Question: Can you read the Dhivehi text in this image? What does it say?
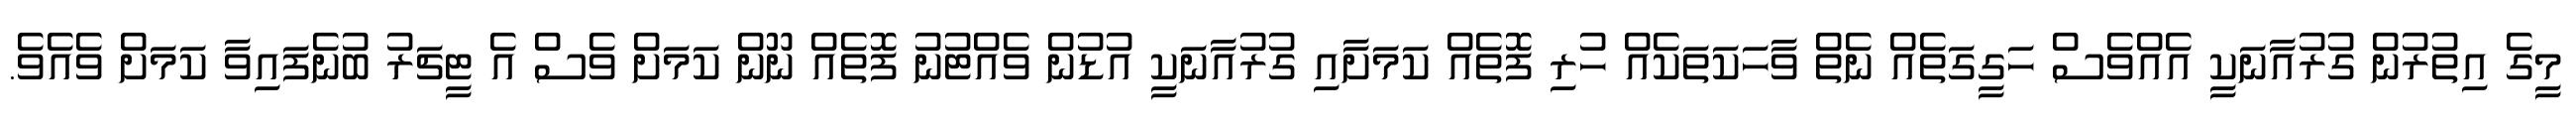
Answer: މީގެ އިތުރުން ގުރުއާނަކީ އެއްވެސް ހަގީގަތެއް ނެތް ވާހަކަތަކެއް ހުރި ފޮތެއް ކަމަށާއި ގުރުއާނަކީ އުޑުން ވެއްޓުނު ފޮތެއް ނޫން ކަމަށް ވެސް އެ ޓީޗަރު ބުނެފައިވާ ކަމަށް ވެއެވެ.